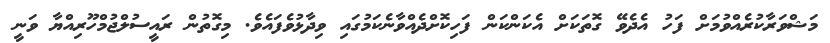
މަޝްވަރާކުރެއްވުމަށް ފަހު އެދެވޭ ގޮތަކަށް އެކަންކަން ފަހިކޮށްދެއްވާނެކަމުގައި ވިދާޅުވެފައެވެ. މިގޮތުން ރައީސުލްޖުމްހޫރިއްޔާ ވަނީ